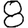
Digit: 8